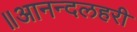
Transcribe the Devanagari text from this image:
॥आनन्दलहरी